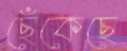
ছেঁকেছে